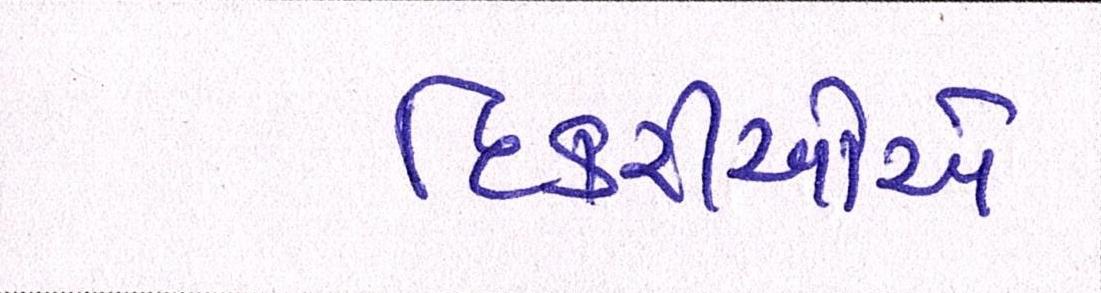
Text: દિકરીઓએ